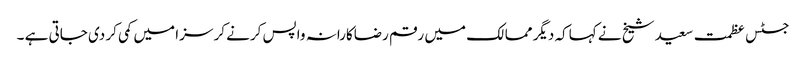
جسٹس عظمت سعید شیخ نے کہاکہ دیگر ممالک میں رقم رضاکارانہ واپس کرنے کر سزا میں کمی کر دی جاتی ہے ۔